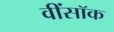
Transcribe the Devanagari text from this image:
वींसॉक